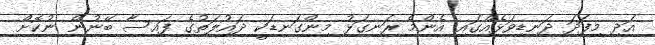
އަދި މިފަދަ ދަނޑިވަޅެއްގައި އެންމެ ރަނގަޅު މިންގަނޑަކީ ދައުލަތުގެ ފައިސާ ބޭނުން ނުކޮށް